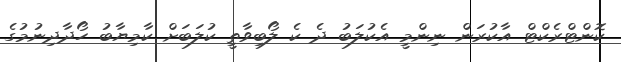
ކޮންޓްރެކްޓް އާކުރަން ނިންމީ އެކުލަބު ދެ ކެ ލޯބިވާތީ ކުލަބަށް ކާމިޔާބު ހޯދާދިނުމުގެ